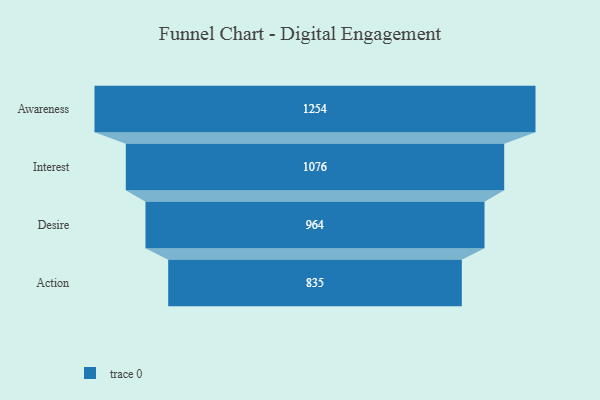
{"axis": {"x": "Stage", "y": "Value"}, "legend": [""], "data": [{"x": "Awareness", "y": 1254.0, "type": ""}, {"x": "Interest", "y": 1076.0, "type": ""}, {"x": "Desire", "y": 964.0, "type": ""}, {"x": "Action", "y": 835.0, "type": ""}]}